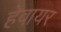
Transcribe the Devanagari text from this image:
हेवायर